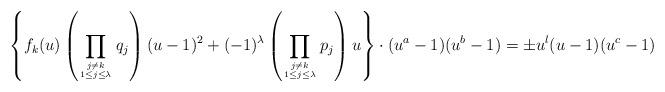
LaTeX: \begin{align*}\left\{ f_k(u)\left(\prod_{\scriptsize{j\ne k}\atop\scriptsize{1\le j\le \lambda}}q_j\right)(u-1)^2+(-1)^{\lambda}\left(\prod_{\scriptsize{j\ne k}\atop\scriptsize{1\le j\le \lambda}}p_j\right)u\right\}\cdot(u^a-1)(u^b-1)=\pm u^l (u-1)(u^c-1)\end{align*}